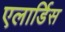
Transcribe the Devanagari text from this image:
एलार्डिस